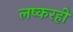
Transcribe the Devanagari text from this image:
लष्करही